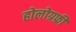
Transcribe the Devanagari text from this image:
होलोग्रफ़ी